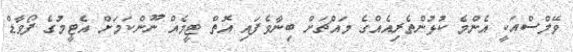
ވޭލްސްއަކީ އެންމެ ކުޅުންތެރިއެއްގެ މައްޗަށް ބިނާވެފައި އޮތް ޓީމެއް ނޫންކަމަށް އެޓީމުގެ ފޯވާޑް